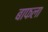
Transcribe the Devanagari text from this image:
बाफला